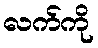
လက်ကို